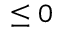
\le 0